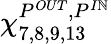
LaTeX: \chi_{7,8,9,13}^{P^{OUT},P^{I\mathbb{N}}}